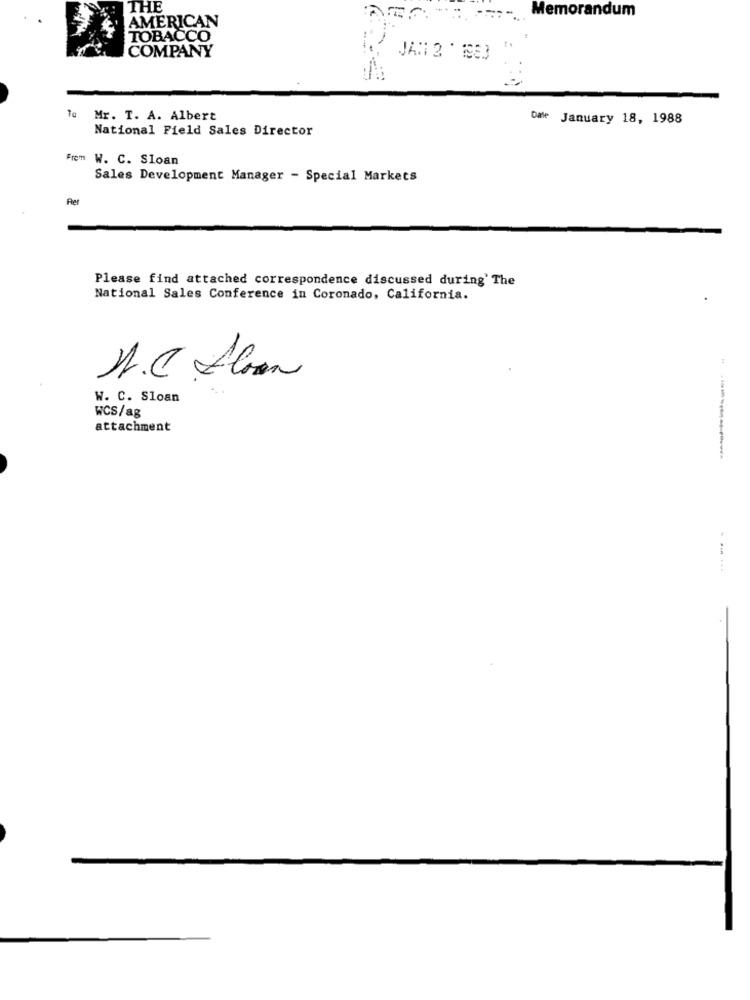
THE
Memorandum
AMERICAN
TOBACCO
COMPANY
JAN 2 1883
Mr. T. A. Albert
Dale January 18, 1988
National Field Sales Director
Frem W. C. Sloan
Sales Development Manager - Special Markets
Pet
Please find attached correspondence discussed during' The
National Sales Conference in Coronado, California.
A.C. Soon
W. C. Sloan
WCS/ag
attachment